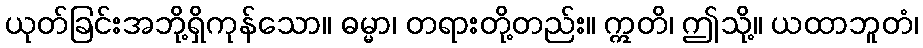
ယုတ်ခြင်းအဘို့ရှိကုန်သော။ ဓမ္မာ၊ တရားတို့တည်း။ ဣတိ၊ ဤသို့။ ယထာဘူတံ၊